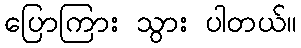
ပြောကြား သွား ပါတယ်။